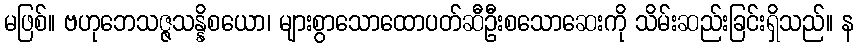
မဖြစ်။ ဗဟုဘေသဇ္ဇသန္နိစယော၊ များစွာသောထောပတ်ဆီဦးစသောဆေးကို သိမ်းဆည်းခြင်းရှိသည်။ န